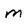
Character: m